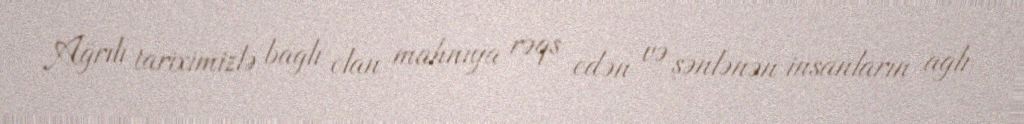
Ağrılı tariximizlə bağlı olan mahnıya rəqs edən və şənlənən insanların ağlı